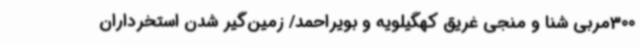
300مربی شنا و منجی غریق کهگیلویه و بویراحمد/ زمین‌گیر شدن استخرداران